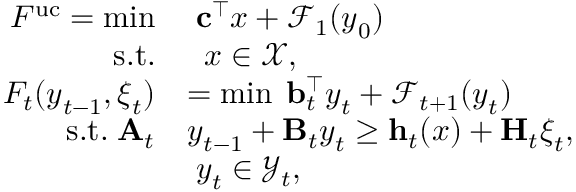
\begin{array} { r l } { F ^ { \mathrm { { u c } } } = \operatorname* { m i n } } & { \; { \mathbf c } ^ { \top } { \boldsymbol x } + \mathcal { F } _ { 1 } ( { \boldsymbol y } _ { 0 } ) } \\ { \mathrm { s . t . } } & { \; \; { \boldsymbol x } \in \mathcal { X } , } \\ { F _ { t } ( { \boldsymbol y } _ { t - 1 } , { \boldsymbol \xi } _ { t } ) } & { = \operatorname* { m i n } \; { \mathbf b } _ { t } ^ { \top } { \boldsymbol y } _ { t } + \mathcal { F } _ { t + 1 } ( { \boldsymbol y } _ { t } ) } \\ { \mathrm { s . t . } \; { \mathbf A } _ { t } } & { { \boldsymbol y } _ { t - 1 } + { \mathbf B } _ { t } { \boldsymbol y } _ { t } \geq { \mathbf h } _ { t } ( { \boldsymbol x } ) + { \mathbf H } _ { t } { \boldsymbol \xi } _ { t } , } \\ & { \; { \boldsymbol y } _ { t } \in \mathcal { Y } _ { t } , } \end{array}